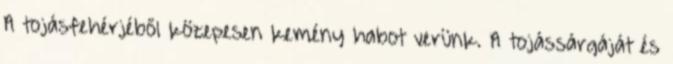
A tojásfehérjéből közepesen kemény habot verünk. A tojássárgáját és